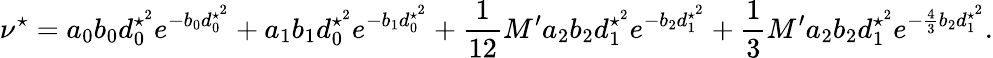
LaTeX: \nu^{\star}=a_{0}b_{0}d_{0}^{\star^{2}}e^{-b_{0}d_{0}^{\star^{2}}}+a_{1}b_{1}d_{0}^{\star^{2}}e^{-b_{1}d_{0}^{\star^{2}}}+\frac{1}{12}M^{\prime}a_{2}b_{2}d_{1}^{\star^{2}}e^{-b_{2}d_{1}^{\star^{2}}}+\frac{1}{3}M^{\prime}a_{2}b_{2}d_{1}^{\star^{2}}e^{-\frac{4}{3}b_{2}d_{1}^{\star^{2}}}.